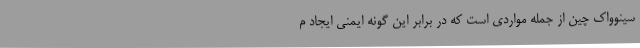
سینوواک چین از جمله مواردی است که در برابر این گونه ایمنی ایجاد م